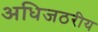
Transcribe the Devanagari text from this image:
अधिजठरीय